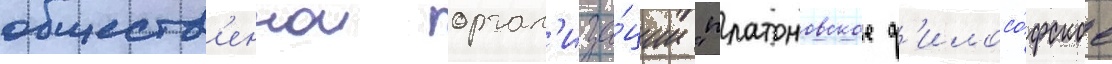
обществ'еннои орган'иза́ции "платоновское ф'илосо́фское